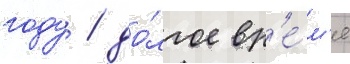
году / до́лгое вр'е́м'я